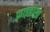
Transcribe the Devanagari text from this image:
फ़ाइब्रोसा